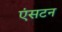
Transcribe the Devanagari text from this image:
एंसटन